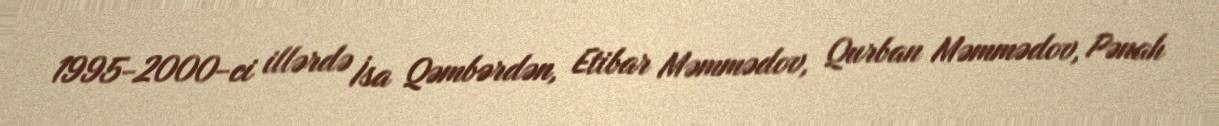
1995-2000-ci illərdə İsa Qəmbərdən, Etibar Məmmədov, Qurban Məmmədov, Pənah